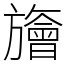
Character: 旝